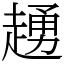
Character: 䞻